Vaccination in Burma 1912-1922 - 1912-1922
Year: 1912
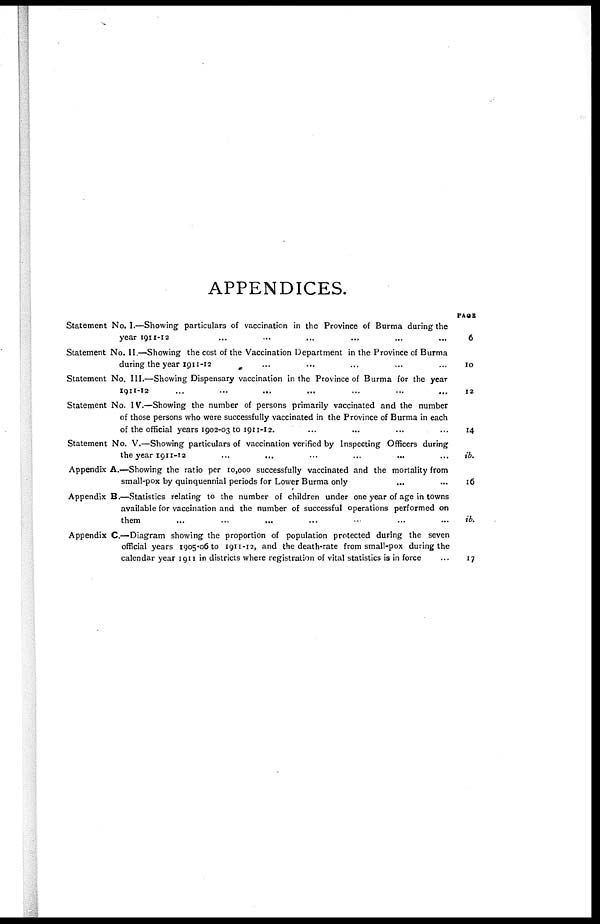
APPENDICES.
Statement No. I.—Showing particulars of vaccination in the Province of Burma during the
year 1911-12 ... ... ... ... ... ...
Statement No. II.—Showing the cost of the Vaccination Department in the Province of Burma
during the year 1911-12 ... ... ... ... ... ...
Statement No. III.—Showing Dispensary vaccination in the Province of Burma for the year
1911-12
...
...
... ... ... ...
Statement No. IV.—Showing the number of persons primarily vaccinated and the number
of those persons who were successfully vaccinated in the Province of Burma in each
of the official years 1902-03 to 1911-12. ... ... ... ... ... ...
Statement No. V.—Showing particulars of vaccination verified by Inspecting Officers during
the year 1911-12 ... ... ... ... ... ...
Appendix A.—Showing the ratio per 10,000 successfully vaccinated and the mortality from
small-pox by quinquennial periods for Lower Burma only
... ...
Appendix B.—Statistics relating to the number of children under one year of age in towns
available for vaccination and the number of successful operations performed on
them ... ... ... ... ... ...
Appendix C.—Diagram showing the proportion of population protected during the seven
official years 1905-06 to 1911-12, and the death-rate from small-pox during the
calendar year 1911 in districts where registration of vital statistics is in force ...
PAGE
6
10
12
14
ib.
16
ib.
17